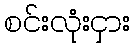
စင်းလုံးငှား